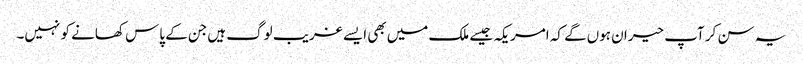
یہ سن کر آپ حیران ہوں‌گے کہ امریکہ جیسے ملک میں‌بھی ایسے غریب لوگ ہیں‌جن کے پاس کھانے کو نہیں۔